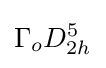
\Gamma _{o}D_{2h}^{5}